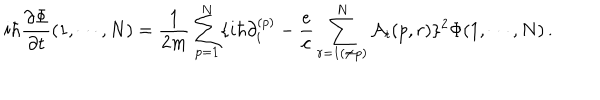
LaTeX: i \hbar { \frac { \partial \Phi } { \partial t } } ( 1 , \cdots , N ) = { \frac { 1 } { 2 m } } \sum _ { p = 1 } ^ { N } \{ i \hbar \partial _ { i } ^ { ( p ) } - { \frac { e } { c } } \sum _ { r = 1 ( \ne p ) } ^ { N } { \cal A } _ { i } ( p , r ) \} ^ { 2 } \Phi ( 1 , \cdots , N ) \, .